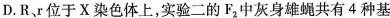
D. R，r位于X染色体上，实验二的F_{2}中灰身雄蝇共有4种基